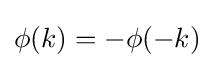
\phi (k)=-\phi (-k)